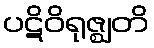
ပဋိဝိရုဇ္ဈတိ